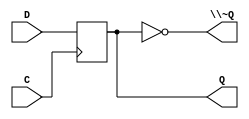
/*
 * Generated by Digital. Don't modify this file!
 * Any changes will be lost if this file is regenerated.
 */
module DIG_D_FF_1bit
#(
    parameter Default = 0
)
(
   input D,
   input C,
   output Q,
   output \~Q
);
    reg state;

    assign Q = state;
    assign \~Q = ~state;

    always @ (posedge C) begin
        state <= D;
    end

    initial begin
        state = Default;
    end
endmodule


// Octal D Flip-Flop with enable
module \74377  (
  input D0,
  input VCC,
  input GND,
  input D1,
  input D2,
  input D3,
  input \~E ,
  input D4,
  input D5,
  input D6,
  input D7,
  input CLK,
  output Q0,
  output Q1,
  output Q2,
  output Q3,
  output Q4,
  output Q5,
  output Q6,
  output Q7
);
  wire s0;
  wire s1;
  wire Q0_temp;
  wire s2;
  wire Q1_temp;
  wire s3;
  wire Q2_temp;
  wire s4;
  wire Q3_temp;
  wire s5;
  wire Q4_temp;
  wire s6;
  wire Q5_temp;
  wire s7;
  wire Q6_temp;
  wire s8;
  wire Q7_temp;
  assign s1 = ~ \~E ;
  assign s0 = ((Q0_temp & \~E ) | (D0 & s1));
  assign s2 = ((Q1_temp & \~E ) | (D1 & s1));
  assign s3 = ((Q2_temp & \~E ) | (D2 & s1));
  assign s4 = ((Q3_temp & \~E ) | (D3 & s1));
  assign s5 = ((Q4_temp & \~E ) | (D4 & s1));
  assign s6 = ((Q5_temp & \~E ) | (D5 & s1));
  assign s7 = ((Q6_temp & \~E ) | (D6 & s1));
  assign s8 = ((Q7_temp & \~E ) | (D7 & s1));
  DIG_D_FF_1bit #(
    .Default(0)
  )
  DIG_D_FF_1bit_i0 (
    .D( s0 ),
    .C( CLK ),
    .Q( Q0_temp )
  );
  DIG_D_FF_1bit #(
    .Default(0)
  )
  DIG_D_FF_1bit_i1 (
    .D( s2 ),
    .C( CLK ),
    .Q( Q1_temp )
  );
  DIG_D_FF_1bit #(
    .Default(0)
  )
  DIG_D_FF_1bit_i2 (
    .D( s3 ),
    .C( CLK ),
    .Q( Q2_temp )
  );
  DIG_D_FF_1bit #(
    .Default(0)
  )
  DIG_D_FF_1bit_i3 (
    .D( s4 ),
    .C( CLK ),
    .Q( Q3_temp )
  );
  DIG_D_FF_1bit #(
    .Default(0)
  )
  DIG_D_FF_1bit_i4 (
    .D( s5 ),
    .C( CLK ),
    .Q( Q4_temp )
  );
  DIG_D_FF_1bit #(
    .Default(0)
  )
  DIG_D_FF_1bit_i5 (
    .D( s6 ),
    .C( CLK ),
    .Q( Q5_temp )
  );
  DIG_D_FF_1bit #(
    .Default(0)
  )
  DIG_D_FF_1bit_i6 (
    .D( s7 ),
    .C( CLK ),
    .Q( Q6_temp )
  );
  DIG_D_FF_1bit #(
    .Default(0)
  )
  DIG_D_FF_1bit_i7 (
    .D( s8 ),
    .C( CLK ),
    .Q( Q7_temp )
  );
  assign Q0 = Q0_temp;
  assign Q1 = Q1_temp;
  assign Q2 = Q2_temp;
  assign Q3 = Q3_temp;
  assign Q4 = Q4_temp;
  assign Q5 = Q5_temp;
  assign Q6 = Q6_temp;
  assign Q7 = Q7_temp;
endmodule

module Driver
(
    input in,
    input sel,
    output out
);
    assign out = (sel == 1'b1)? in : 1'bz;
endmodule

module \74245_ap_ver  (
  input OE,
  input A1,
  input A2,
  input A3,
  input A4,
  input A5,
  input A6,
  input A7,
  input A8,
  input VCC,
  input GND,
  output B1,
  output B2,
  output B3,
  output B4,
  output B5,
  output B6,
  output B7,
  output B8
);
  Driver Driver_i0 (
    .in( A1 ),
    .sel( OE ),
    .out( B1 )
  );
  Driver Driver_i1 (
    .in( A2 ),
    .sel( OE ),
    .out( B2 )
  );
  Driver Driver_i2 (
    .in( A3 ),
    .sel( OE ),
    .out( B3 )
  );
  Driver Driver_i3 (
    .in( A4 ),
    .sel( OE ),
    .out( B4 )
  );
  Driver Driver_i4 (
    .in( A5 ),
    .sel( OE ),
    .out( B5 )
  );
  Driver Driver_i5 (
    .in( A6 ),
    .sel( OE ),
    .out( B6 )
  );
  Driver Driver_i6 (
    .in( A7 ),
    .sel( OE ),
    .out( B7 )
  );
  Driver Driver_i7 (
    .in( A8 ),
    .sel( OE ),
    .out( B8 )
  );
endmodule

module \74377_8_bit_register  (
  input d7,
  input d6,
  input d5,
  input d4,
  input d3,
  input d2,
  input d1,
  input d0,
  input \!Load ,
  input Enable,
  input Clock,
  output bus0,
  output bus1,
  output bus2,
  output bus3,
  output bus4,
  output bus5,
  output bus6,
  output bus7
);
  wire s0;
  wire s1;
  wire s2;
  wire s3;
  wire s4;
  wire s5;
  wire s6;
  wire s7;
  \74377  \74377_i0 (
    .\~E ( \!Load  ),
    .D0( d0 ),
    .D1( d1 ),
    .D2( d2 ),
    .D3( d3 ),
    .GND( 1'b0 ),
    .CLK( Clock ),
    .D4( d4 ),
    .D5( d5 ),
    .D6( d6 ),
    .D7( d7 ),
    .VCC( 1'b1 ),
    .Q0( s0 ),
    .Q1( s1 ),
    .Q2( s2 ),
    .Q3( s3 ),
    .Q4( s4 ),
    .Q5( s5 ),
    .Q6( s6 ),
    .Q7( s7 )
  );
  \74245_ap_ver  \74245_ap_ver_i1 (
    .OE( Enable ),
    .A1( s0 ),
    .A2( s1 ),
    .A3( s2 ),
    .A4( s3 ),
    .A5( s4 ),
    .A6( s5 ),
    .A7( s6 ),
    .A8( s7 ),
    .GND( 1'b0 ),
    .VCC( 1'b1 ),
    .B1( bus0 ),
    .B2( bus1 ),
    .B3( bus2 ),
    .B4( bus3 ),
    .B5( bus4 ),
    .B6( bus5 ),
    .B7( bus6 ),
    .B8( bus7 )
  );
endmodule